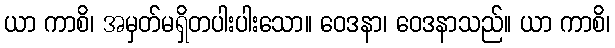
ယာ ကာစိ၊ အမှတ်မရှိတပါးပါးသော။ ဝေဒနာ၊ ဝေဒနာသည်။ ယာ ကာစိ၊